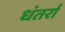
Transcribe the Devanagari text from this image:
धंतर्रा